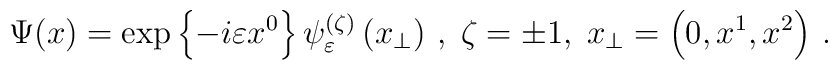
\Psi (x)=\exp \left\{ -i\varepsilon x^{0}\right\} \psi _{\varepsilon}^{(\zeta )}\left( x_{\perp }\right) \,,\;\zeta =\pm 1,\;x_{\perp }=\left(0,x^{1},x^{2}\right) \,.